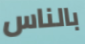
بالناس